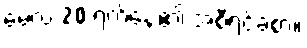
မေလ 20 ရက်နေ့၏ အစီရင်ခံစာ။